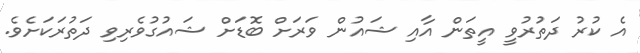
އެ ކުރު ދަތުރުވީ އީތަން އާއި ޝައުން ވަރަށް ބޮޑަށް ޝައުގުވެރިވި ދަތުރަކަށެވެ.